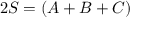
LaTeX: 2 S = ( A + B + C )